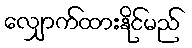
လျှောက်ထားနိုင်မည်